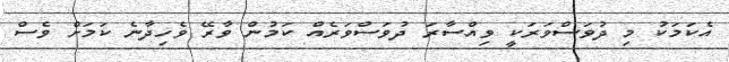
އެކަމަކު މި ދުވަސްވަރަކީ ވިއްސާރަ ދުވަސްވަރެއް ކަމުން ވާރޭ ވެހިދާނެ ކަމަށް ވެސް